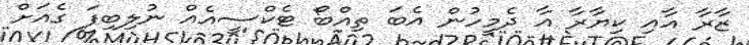
ޒާރާ އާއި ކިޔާރާ އާ ދެމީހުން އެބަ ތިއްބޯ ޓެކްސީއެއް ނުލިބިފަ ގެއަށް